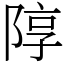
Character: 䧐